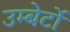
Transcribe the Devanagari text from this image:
उम्बेर्टो